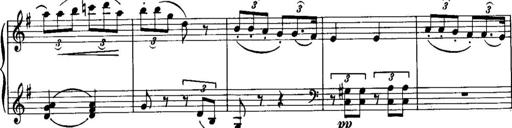
Title: Piano Sonatina No.1, Op.146
Composer: Stephen Heller